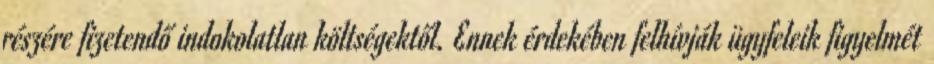
részére fizetendő indokolatlan költségektől. Ennek érdekében felhívják ügyfeleik figyelmét